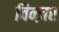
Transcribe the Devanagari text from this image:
विन्ज़र